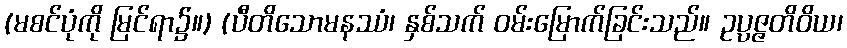
(မစင်ပုံကို မြင်ရာ၌။) (ပီတိသောမနဿံ၊ နှစ်သက် ဝမ်းမြောက်ခြင်းသည်။ ဥပ္ပဇ္ဇတိဝိယ၊